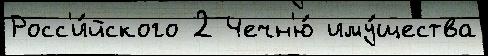
Росс'и́йского 2 Чечн'ю́ иму́щества